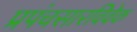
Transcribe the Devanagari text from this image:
प्रपंचसारविवेक